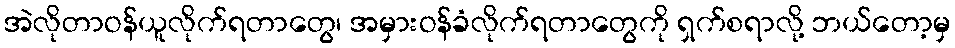
အဲလိုတာဝန်ယူလိုက်ရတာတွေ၊ အမှားဝန်ခံလိုက်ရတာတွေကို ရှက်စရာလို့ ဘယ်တော့မှ